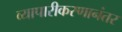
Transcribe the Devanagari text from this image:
व्यापारीकरणानंतर